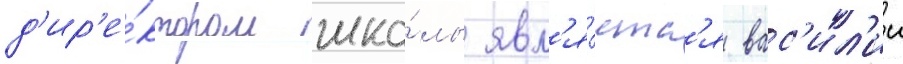
д'ир'е́ктором шко́лы явл'я́етс'я вас'ил'ии